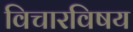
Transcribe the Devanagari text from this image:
विचारविषय